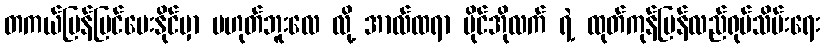
တကယ်ပြန်ပြင်ပေးနိုင်မှာ မဟုတ်ဘူးလေ လို့ အာလ်ထရာ ဗိုင်အိုလက် ရဲ့ ထုတ်ကုန်ပြန်လည်ရုပ်သိမ်းရေး